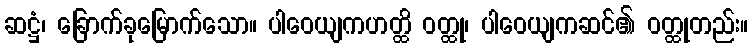
ဆဋ္ဌံ၊ ခြောက်ခုမြောက်သော။ ပါဝေယျကဟတ္ထိ ဝတ္ထု၊ ပါဝေယျကဆင်၏ ဝတ္ထုတည်း။